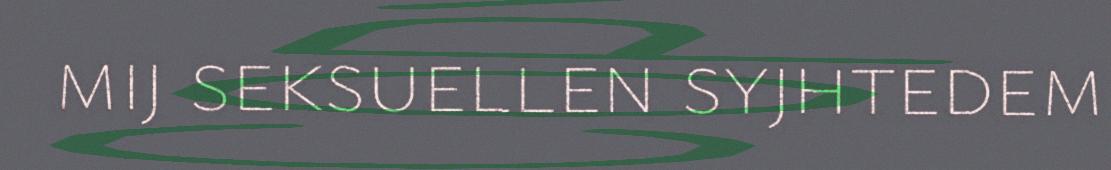
mij seksuellen syjhtedem